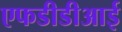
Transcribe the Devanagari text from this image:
एफडीडीआई